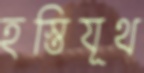
হস্তিযূথ